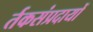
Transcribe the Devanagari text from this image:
र्तकसंप्रदायों